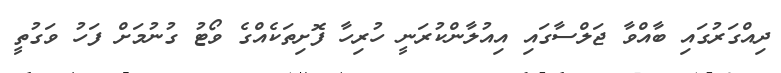
ދިއްގަރުގައި ބާއްވާ ޖަލްސާގައި އިއުލާންކުރަނީ ހުރިހާ ފޮށިތަކެއްގެ ވޯޓު ގުނުމަށް ފަހު ވަގުތީ